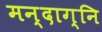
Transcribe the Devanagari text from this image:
मन्दाग्नि